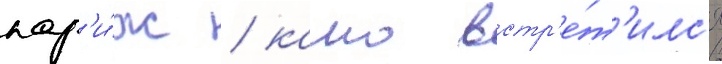
пар'и́ж / камо встр'е́т'илс'я